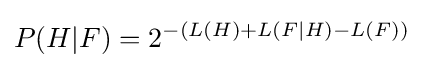
P(H|F)=2^{-(L(H)+L(F|H)-L(F))}